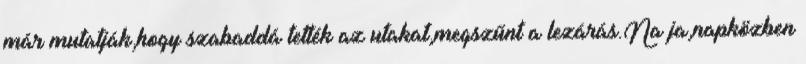
már mutatják,hogy szabaddá tették az utakat,megszűnt a lezárás.Na ja,napközben